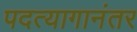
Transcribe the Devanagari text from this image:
पदत्यागानंतर